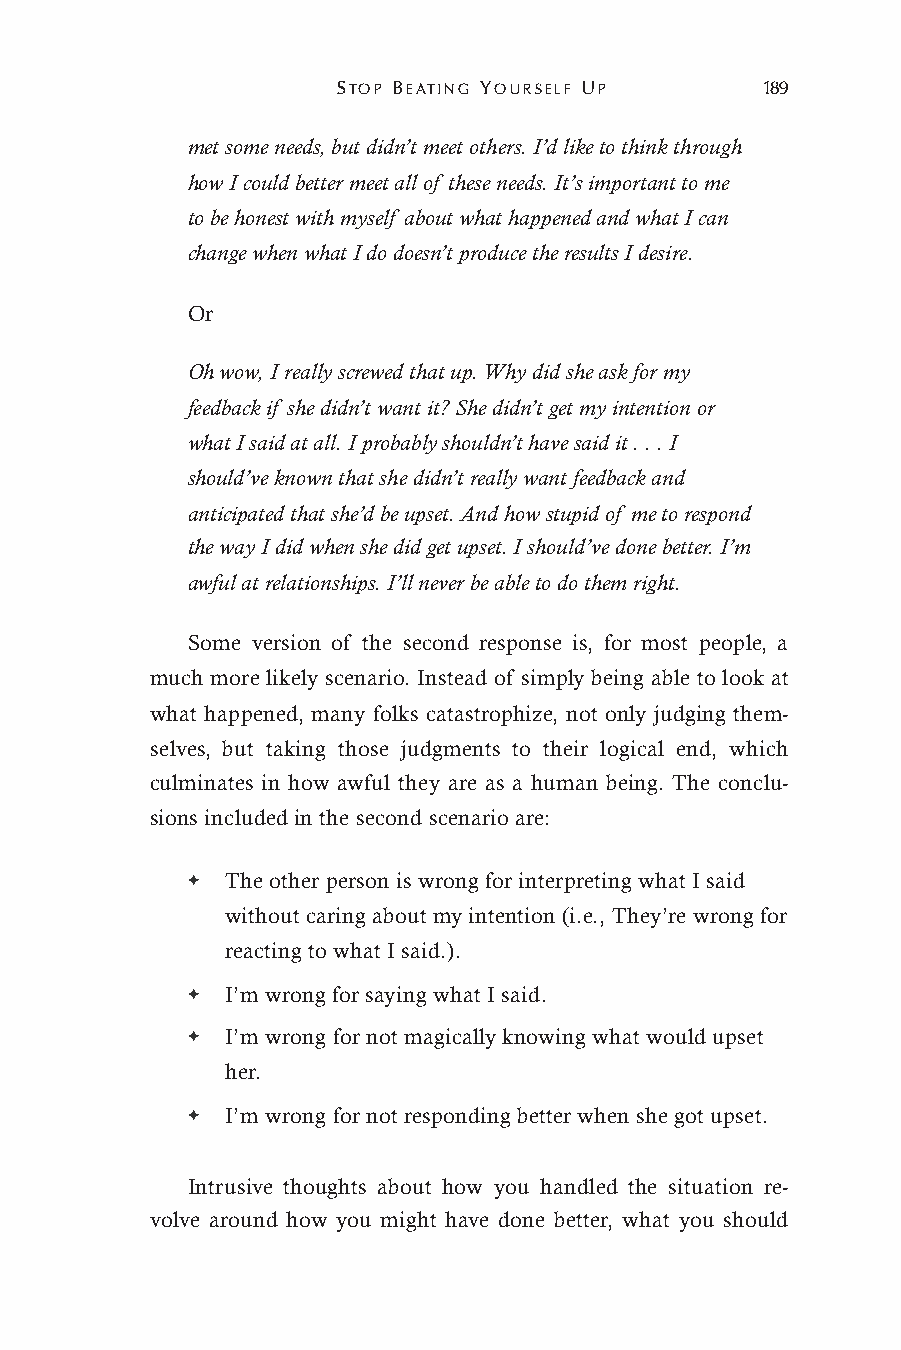
STOP BEATING YOURSELF UP     189
 met some needs, but didn’t meet others. I’d like to think through
 how I could better meet all of these needs. It’s important to me
 to be honest with myself about what happened and what I can
 change when what I do doesn’t produce the results I desire.
 Or
 Oh wow, I really screwed that up. Why did she ask for my
 feedback if she didn’t want it? She didn’t get my intention or
 what I said at all. I probably shouldn’t have said it . . . I
 should’ve known that she didn’t really want feedback and
 anticipated that she’d be upset. And how stupid of me to respond
 the way I did when she did get upset. I should’ve done better. I’m
 awful at relationships. I’ll never be able to do them right.
 Some version of the second response is, for most people, a
 much more likely scenario. Instead of simply being able to look at
 what happened, many folks catastrophize, not only judging them-
 selves, but taking those judgments to their logical end, which
 culminates in how awful they are as a human being. The conclu-
 sions included in the second scenario are:
 ✦  The other person is wrong for interpreting what I said
 without caring about my intention (i.e., They’re wrong for
 reacting to what I said.).
 ✦  I’m wrong for saying what I said.
 ✦  I’m wrong for not magically knowing what would upset
 her.
 ✦  I’m wrong for not responding better when she got upset.
 Intrusive thoughts about how you handled the situation re-
 volve around how you might have done better, what you should